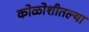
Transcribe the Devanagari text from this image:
कोळोशीतल्या